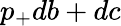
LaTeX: p_{+}db+dc